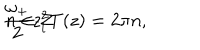
\frac { \omega _ { + } } { 2 } z _ { i } ^ { 2 } T ( z ) = 2 \pi n , \hspace { 1 . 5 c m } n \in { \cal Z }